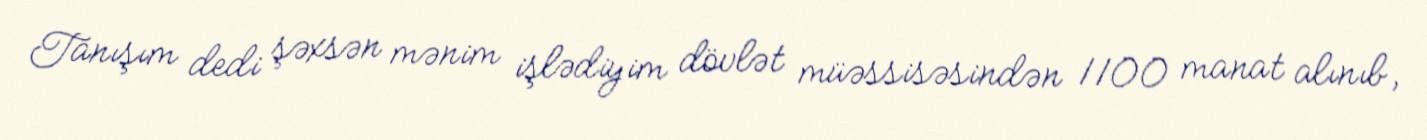
Tanışım dedi şəxsən mənim işlədiyim dövlət müəssisəsindən 1100 manat alınıb,